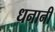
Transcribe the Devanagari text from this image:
धनानी